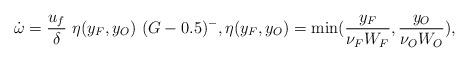
LaTeX: \begin{align*}\dot \omega= \frac{u_f}{\delta}\ \eta(y_F,y_O)\ (G-0.5)^-,\eta(y_F,y_O)=\min (\frac{y_F}{\nu_F W_F}, \frac{y_O}{\nu_O W_O}),\end{align*}